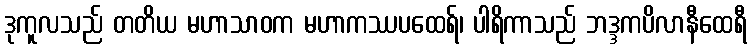
ဒုကူလသည် တတိယ မဟာသာဝက မဟာကဿပထေရ်၊ ပါရိကာသည် ဘဒ္ဒကပိလာနီထေရီ